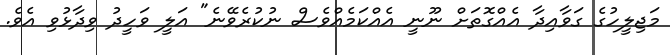
މަޖިލީހުގެ ގަވާއިދާ އެއްގޮތަށް ނޫނީ އެއްކަމެއްވެސް ނުކުރެވޭނެ" އަލީ ވަހީދު ވިދާޅުވި އެވެ.